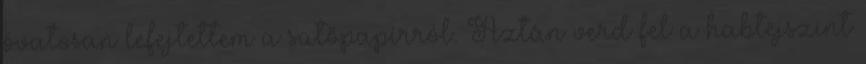
óvatosan lefejtettem a sütőpapírról. Aztán verd fel a habtejszínt